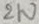
Text: 2W